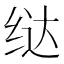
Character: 𫄤